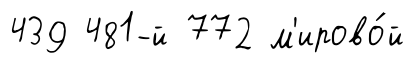
439 481-й 772 м'ирово́й